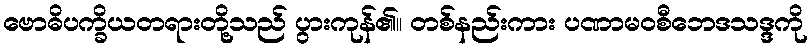
ဗောဓိပက္ခိယတရားတို့သည် ပွားကုန်၏။ တစ်နည်းကား ပဏာမဝစီဘေဒသဒ္ဒကို